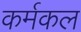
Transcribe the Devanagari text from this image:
कर्मकल